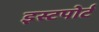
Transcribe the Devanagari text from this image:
इस्टपोर्ट